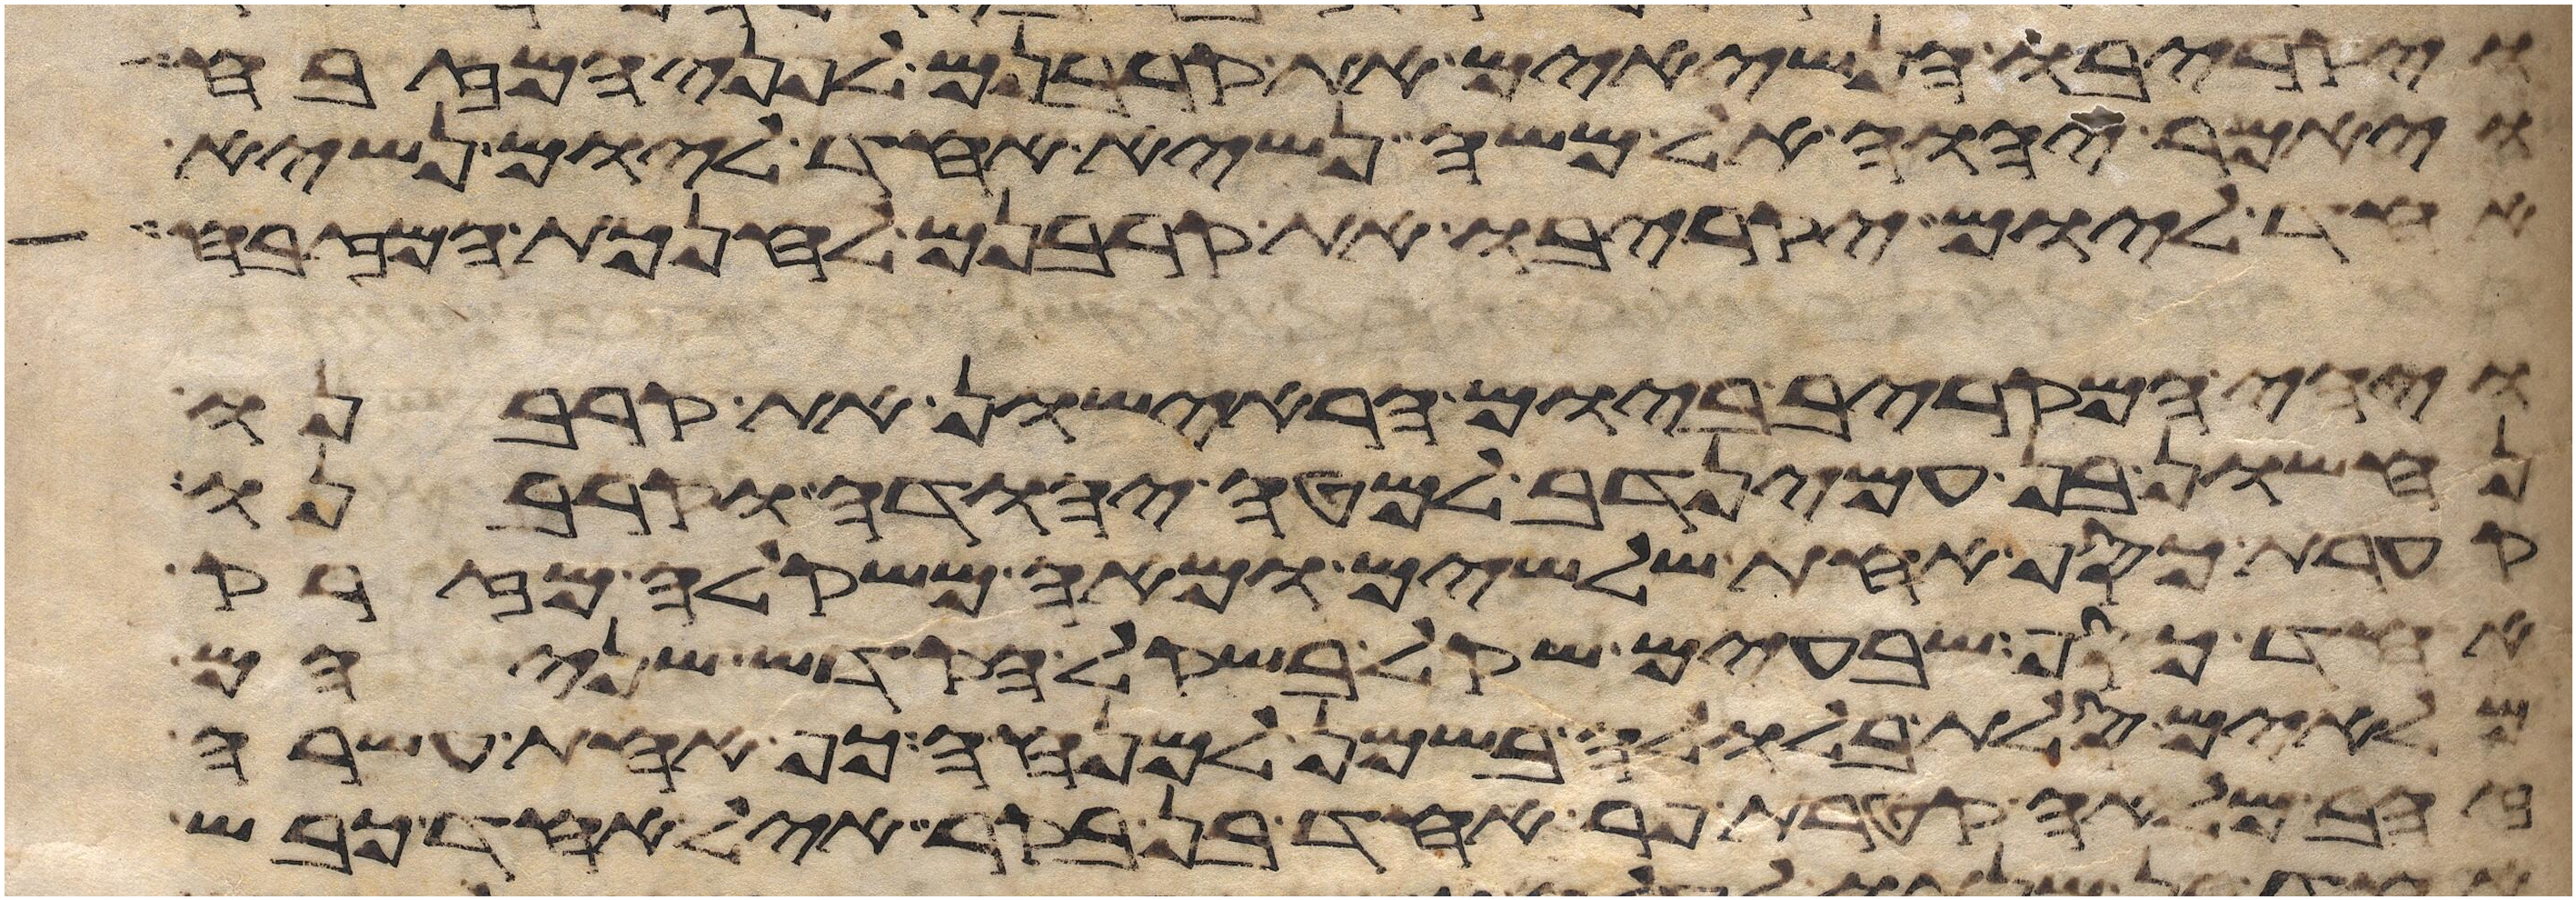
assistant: ויקריבו הנשיאים את קרבנם לפני המזבח
ויאמר יהוה אל משה נשיא אחד ליום נשיא
אחד ליום יקריבו את קרבנם לחנכת המזבח
ויהי המקריב ביום הראישון את קרבנו
נחשון בן עמינדב למטה יהודה וקרבנו
קערת כסף אחת שלשים ומאה משקלה מזרק
אחד כסף שבעים שקל בשקל הקדש שניהם
מלאים סלת בלולה בשמן למנחה כף אחת עשרה
זהב מלאה קטרת פר אחד בן בקר איל אחד כבש